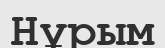
Нұрым